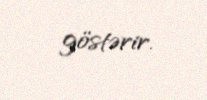
göstərir.